system: You are a helpful assistant.
user:
Analyze the provided spectrum to determine if it is a **"Cataclysmic Variables (CV)"**.

- **Key Indicators for CV (Check for either state):**
    - **State 1: Quiescent / Low-State (Emission-Dominated)**
        - **(Primary):** Strong and *very broad* Hydrogen Balmer emission lines (e.g., $H\alpha$ at 6563 Å, $H\beta$ at 4861 Å). The 'broadness' (high velocity dispersion, often FWHM > 1000 km/s) is the key diagnostic, indicating a high-velocity accretion disk.
        - **(Secondary):** Broad neutral Helium (He I) emission lines (e.g., 5876 Å, 6678 Å).
        - **(Key Confirmation):** Presence of high-excitation *ionized* Helium (He II) emission at 4686 Å. This is a strong indicator of accretion onto a white dwarf.
        - **(Line Profile):** Emission lines may exhibit a 'double-peaked' profile, which is a classic signature of a rotating accretion disk viewed at high inclination.

    - **State 2: Outburst / High-State (Absorption-Dominated)**
        - **(Primary):** Spectrum is dominated by a bright, blue continuum (looks like a hot star).
        - **(Secondary):** The emission lines from State 1 are weak, absent, or 'filled in', and are replaced by broad, shallow *absorption* lines (primarily Balmer and He I).
        - **(Morphology):** The overall spectrum mimics a hot B/A-type star. The crucial difference is that the absorption lines are significantly broader, shallower, and more 'washed-out' (or 'smeared') than the sharp lines of a normal stellar photosphere, due to high rotational speeds and pressure broadening in the disk.

Think first, call **spectral_visualization_tool** if needed to examine features in detail, then provide your final answer. Your response must adhere to the following strict rules:
1.  **Overall Structure:** Your response must follow the format `<think>...</think> <tool_call>...</tool_call> (if a tool is used) <answer>...</answer>`.
2.  **Tool Usage Constraint:** You may only make **one** tool call per turn.
3.  **Final Answer Format:** In the `<answer>` tag, your conclusion must be inside a `\boxed{}` command (e.g., `\boxed{YES}`), followed by your justification.

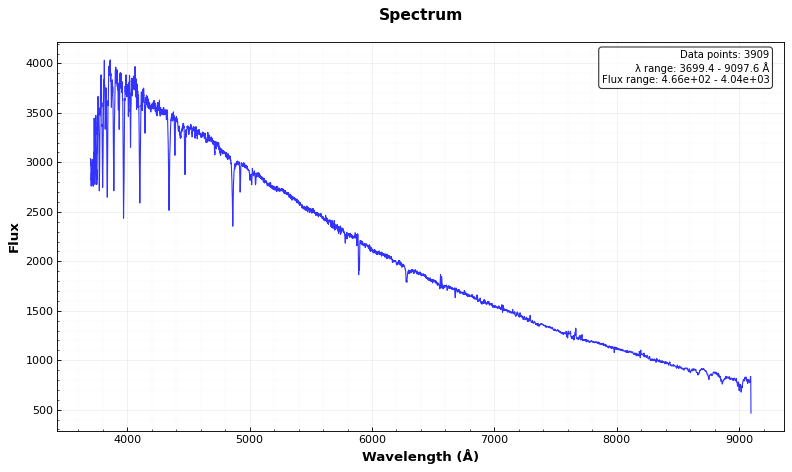
Answer: NO